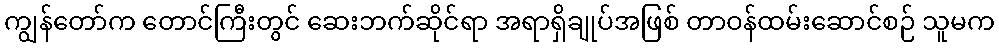
ကျွန်တော်က တောင်ကြီးတွင် ဆေးဘက်ဆိုင်ရာ အရာရှိချုပ်အဖြစ် တာဝန်ထမ်းဆောင်စဉ် သူမက